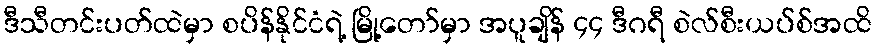
ဒီသီတင်းပတ်ထဲမှာ စပိန်နိုင်ငံရဲ့ မြို့တော်မှာ အပူချိန် ၄၄ ဒီဂရီ စဲလ်စီးယပ်စ်အထိ